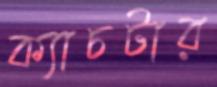
ক্যাচটার